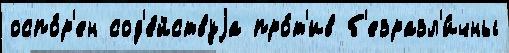
оспо́р'ен сод'е́йствуjа про́т'ив б'езразл'и́чны